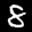
Label: 8